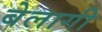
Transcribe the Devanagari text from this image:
बेलागी